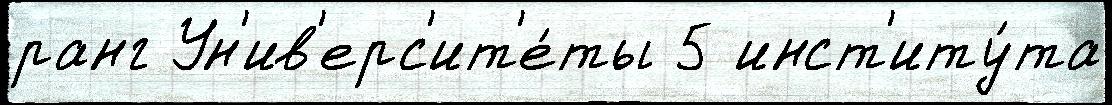
ранг Ун'ив'ерс'ит'е́ты 5 инст'иту́та